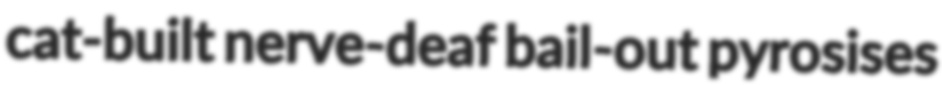
cat-built nerve-deaf bail-out pyrosises